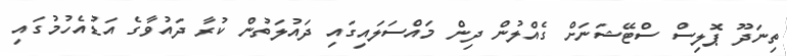
ތިނަދޫ ޕޮލިސް ސްޓޭޝަނަށް ގެއްލުން ދިން މައްސަލައިގައި ދައުލަތުން ކުރާ ދައުވާގެ އަޑުއެހުމުގައި